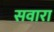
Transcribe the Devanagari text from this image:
सवारा